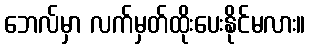
ဘေလ်မှာ လက်မှတ်ထိုးပေးနိုင်မလား။